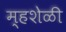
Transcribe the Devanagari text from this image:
म्हशेळी